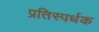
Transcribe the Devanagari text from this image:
प्रतिस्पर्धक